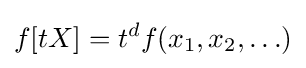
f[tX]=t^{d}f(x_{1},x_{2},\ldots )